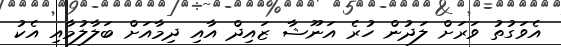
އެވަގުތު ވަރަށް ލަދުން ހުރެ އަނޫޝާ ޒައިދް އާއި ދިމާއަށް ބަލާލުމާއި އެކު